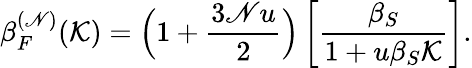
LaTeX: \beta_{F}^{(\mathscr{N})}(\mathcal{{K}})=\Big(1+\frac{{3\mathscr{N}u}}{{2}}\Big)\left[\frac{{\beta_{S}}}{{1+u\beta_{S}\mathcal{{K}}}}\right].